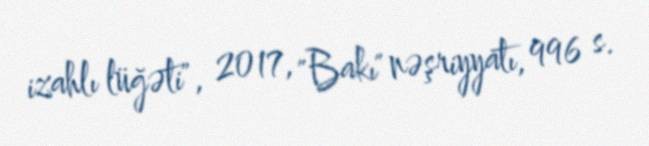
izahlı lüğəti", 2017, "Bakı" nəşriyyatı, 996 s.